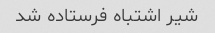
شیر اشتباه فرستاده شد